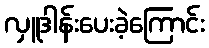
လှူဒါန်းပေးခဲ့ကြောင်း